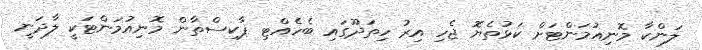
ލަންކާ މޮނިއުމަންޓަށް ކަޅުތެޔޮ ޖެހި އިރު ހިތަދޫގައި ބެހެއްޓި ޕާކިސްތާން މޮނިއުމަންޓަކީ ލާދަނީ